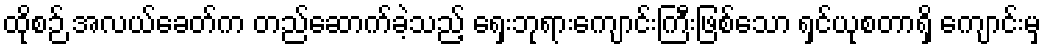
ထိုစဉ် အလယ်ခေတ်က တည်ဆောက်ခဲ့သည့် ရှေးဘုရားကျောင်းကြီးဖြစ်သော ရှင်ယုစတာရှိ ကျောင်းမှ